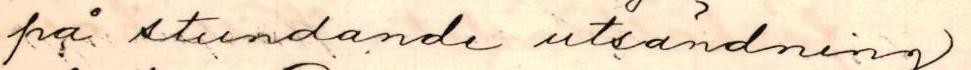
få stundande utsändning